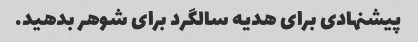
پیشنهادی برای هدیه سالگرد برای شوهر بدهید.